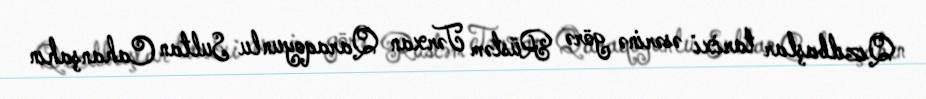
Qızılbaşlar tarixi əsərinə görə Rüstəm Tərxan Qaraqoyunlu Sultan Cahanşahın